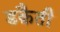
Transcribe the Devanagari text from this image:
डक़ैती